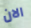
الان